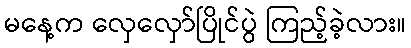
မနေ့က လှေလှော်ပြိုင်ပွဲ ကြည့်ခဲ့လား။